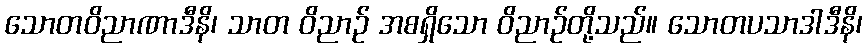
သောတဝိညာဏာဒီနိ၊ သာတ ဝိညာဉ် အစရှိသော ဝိညာဉ်တို့သည်။ သောတပသာဒါဒီနိ၊